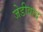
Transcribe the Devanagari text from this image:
जेडीवाद